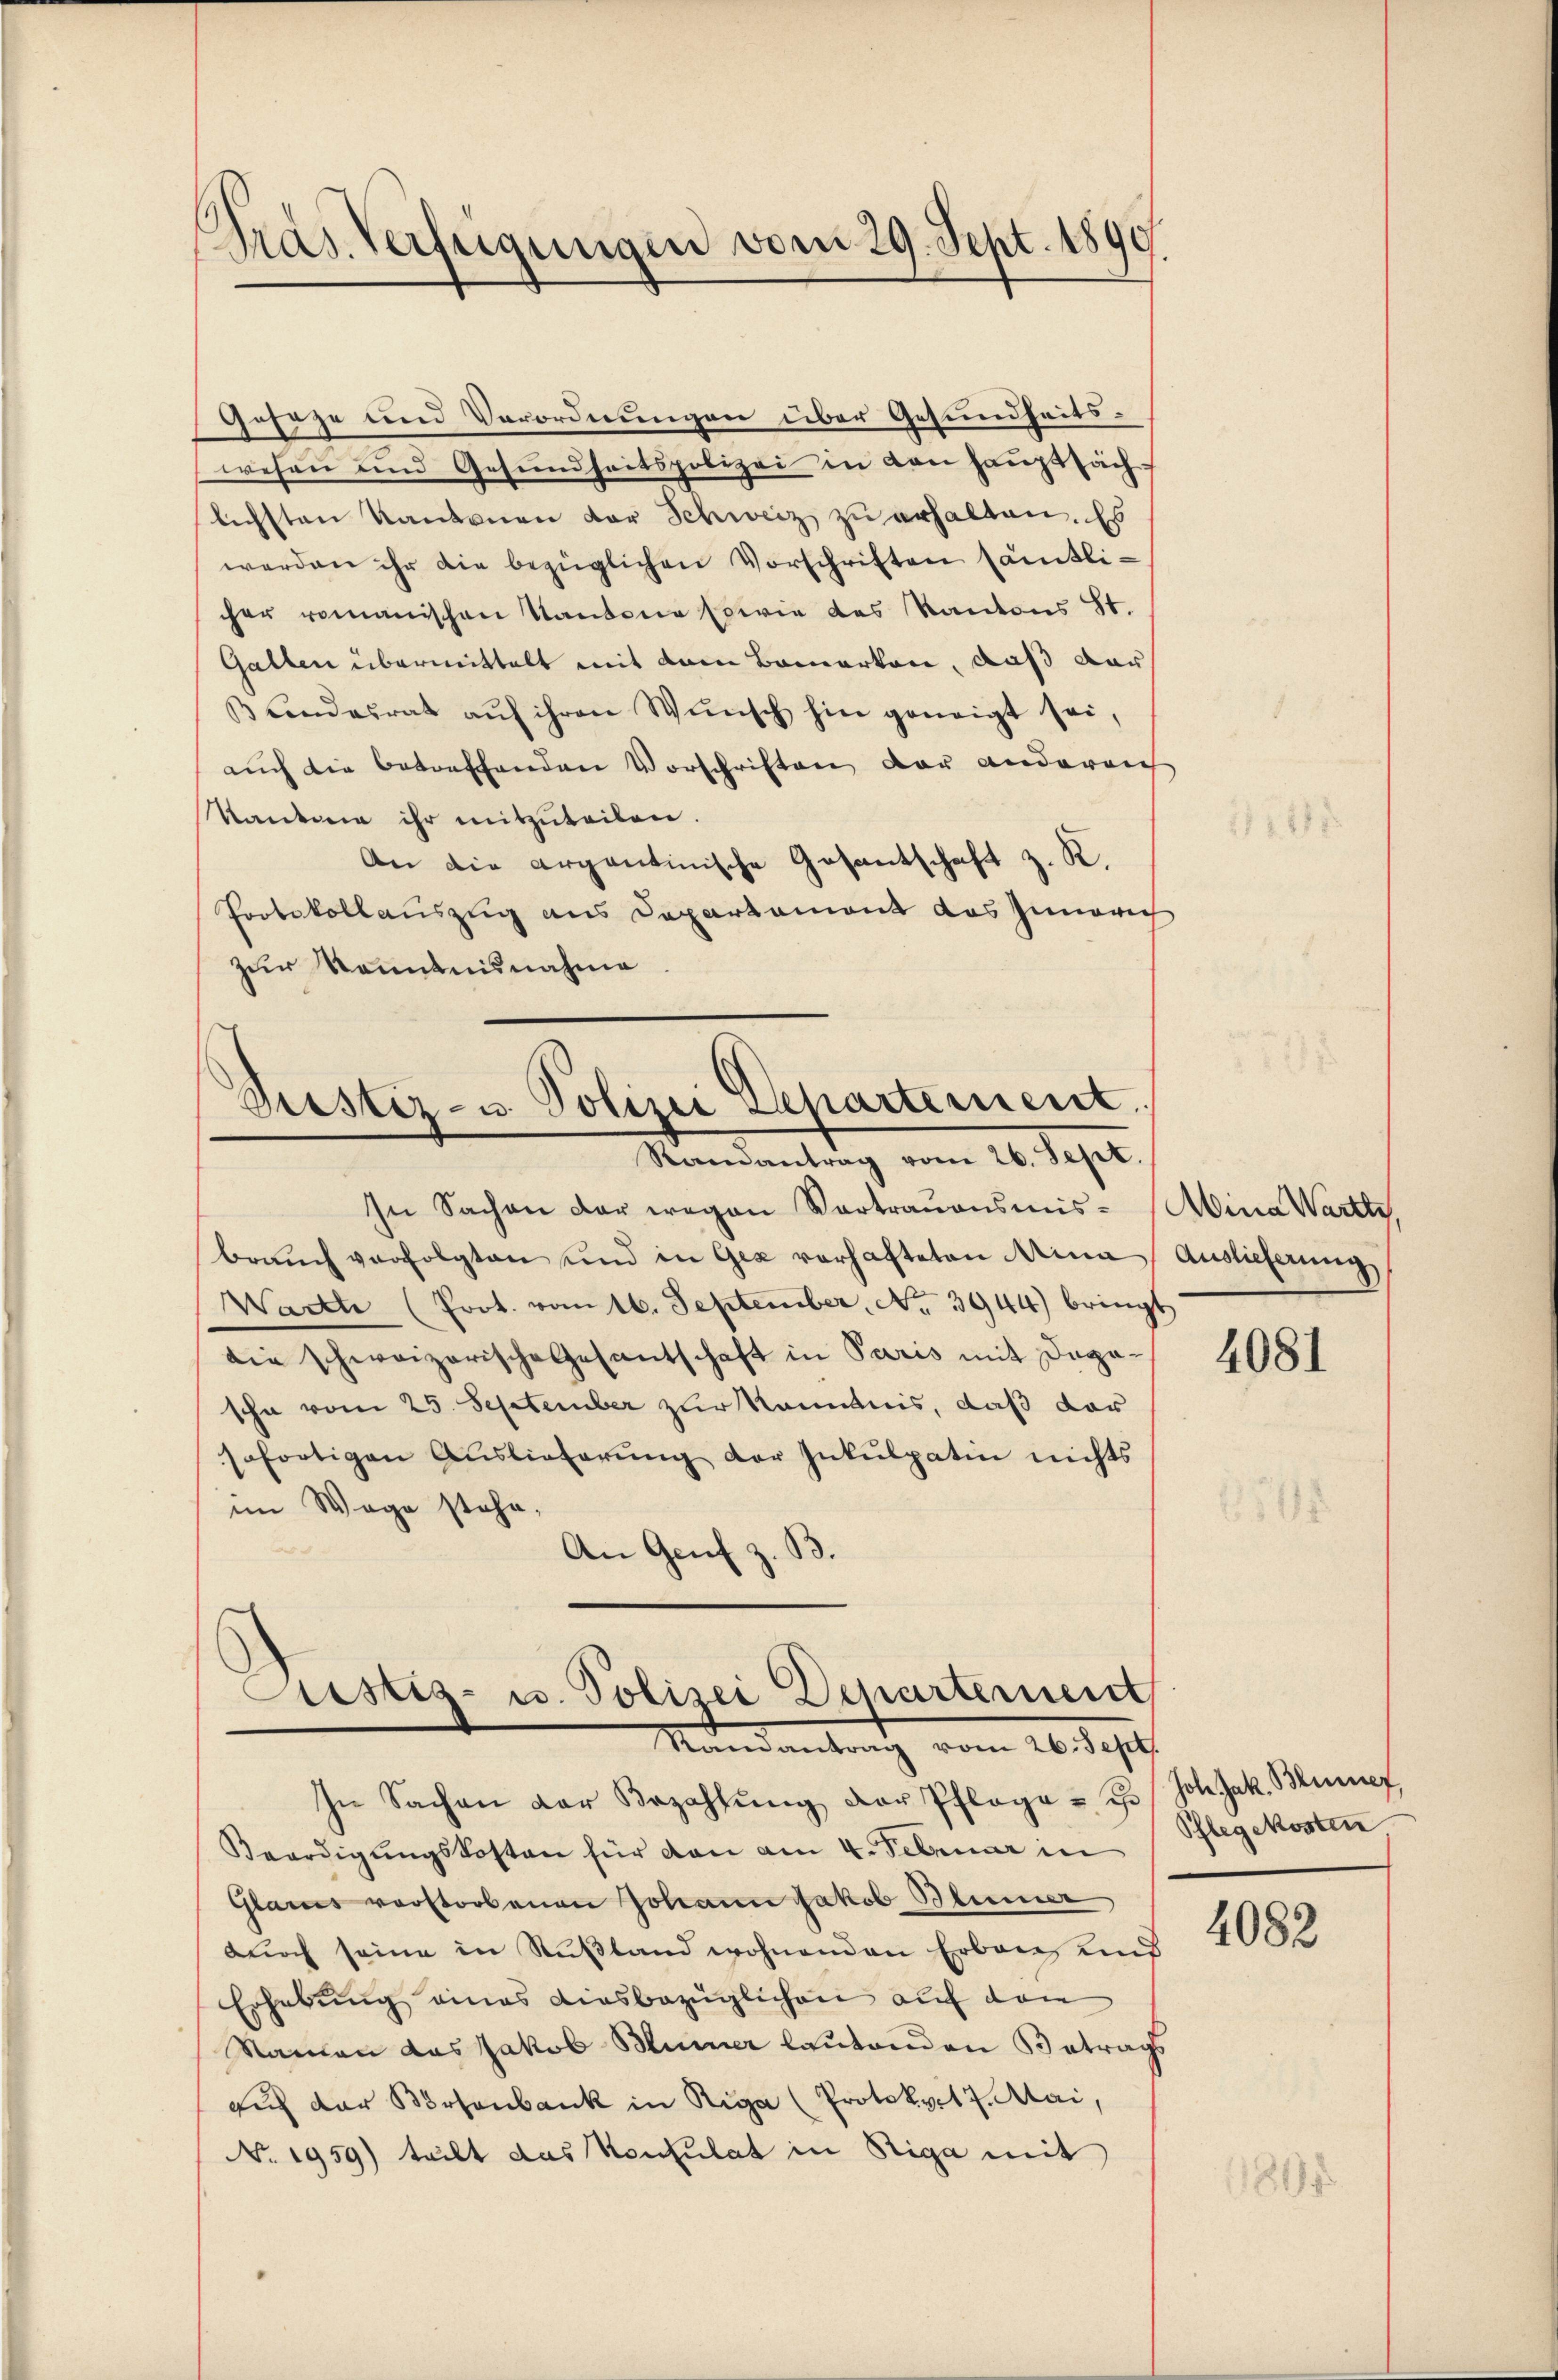
Gras Verfügungen vom 29. Sept. 1890

Geseze und Verordnungen über Gesundheitswesen und Gesundheitspolizei in den hauptsäch-
lichsten Kantonen der Schweiz zu erhalten. Es
werden ihr die bezüglichen Vorschriften sämtlicher romanischen Kantone sowie des Kantons St.
Gatten übermittelt mit dem Bemerken, daß dar
β Landesrat aŭf ihren Wŭnsch hin geneigt sei,
auch die betreffenden Vorschriften der andereich
Kantone ihr mitzuteilen.
An die argentinische Gesantschaft z. K.
Protokollauszug aus Departemont das Innerich
zur Kenntnisnahme

Drestiz- u. Polizei Departement
Ramantrag vom 26. Sept.

In Sachen der wegen Vortraŭensmis-Mina Wartte
braŭch verfolgten und in Geiz verhafteten Mina
Warth (Prot. vom 16. September, No 3944) bringt
die schweizerische Gesantschaft in Paris mit Dogasche vom 25. September zur Kenntnis, daß dar
sofortigen Auslieferŭng der Inkulpatin nichts
im Wege stehe,
An Genf z. B.

Justiz- u. Polizei Departernent
Randantrag vom 26. Sept.

In Sachen der Bezahlŭng der Pflage - i
Veerdigŭngskosten für dan am 4. Februar in
Glarus verstorbenen Johann Jakob Blümer
dŭrch seine in Rußland wohnenden Erben und
Erhebung eines diesbezüglichen auf den
Namen das Jakob Blümer lautenden Betrags
auf der Börsenbank in Riga (Protokoll 7. Mai,
No. 1959) teilt das Konsulat in Riga mit

Auslieferung,

4081

hole Jak. Beiner,
Schlegekosten

4082

81